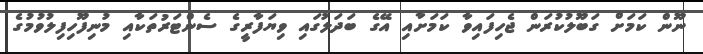
ނޫން ކަމަށް ގަބޫލުކުރަން ޖެހިފައިވާ ކަމަށާއި އޭގެ ބަދަލުގައި ވިޔަފާރީގެ ސެންޓަރުތަކާއި މުނިފޫހިފިލުވުމުގެ